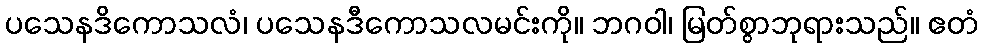
ပသေနဒိကောသလံ၊ ပသေနဒီကောသလမင်းကို။ ဘဂဝါ၊ မြတ်စွာဘုရားသည်။ ဧတံ